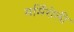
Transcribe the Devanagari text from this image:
मर्मिरोली